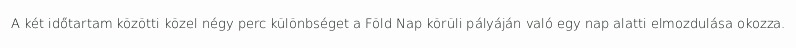
A két időtartam közötti közel négy perc különbséget a Föld Nap körüli pályáján való egy nap alatti elmozdulása okozza.